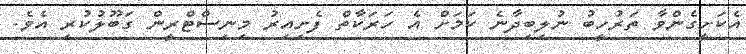
އެކަށީގެންވާ ތަރުހީބު ނުލިބިދާނެ ކަމަށް އެ ހަރަކާތް ފެށިއިރު މިނިސްޓްރީން ގަބޫލުކުރި އެވެ.